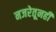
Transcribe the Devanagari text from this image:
नजरेतूनही